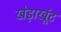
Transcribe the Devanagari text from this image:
खेड़ाखूंट